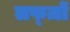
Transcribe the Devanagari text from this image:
लफ्ज़ों